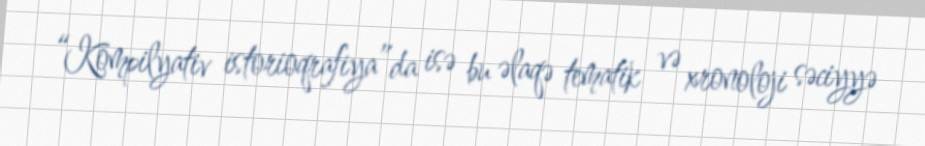
“Kompilyativ istorioqrafiya”da isə bu əlaqə tematik və xronoloji səciyyə